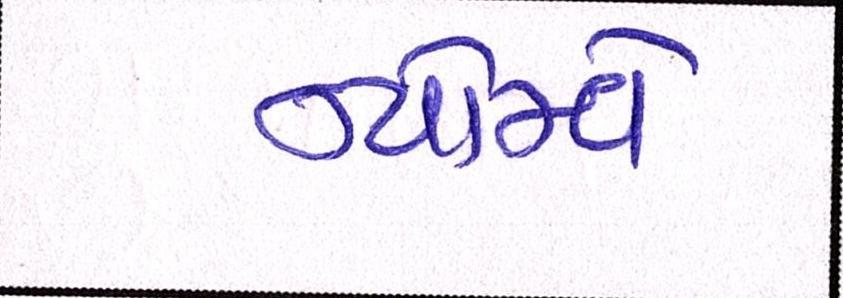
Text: ન્યોમ્વે